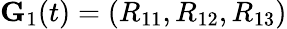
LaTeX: {\mathbf G}_{1}(t)=(R_{11},R_{12},R_{13})